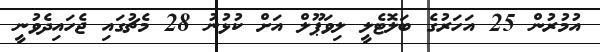
އުމުރުން 25 އަހަރުގެ ބަލޮޓެލީ ލިވަޕޫލް އަށް ކުޅުނު 28 މެޗުގައި ޖެހައިދެވުނީ